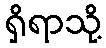
ရှိရာသို့